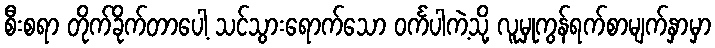
စီးစရာ တိုက်ခိုက်တာပေါ့ သင်သွားရောက်သော ဝင်္ကပါကဲ့သို့ လူမှုကွန်ရက်စာမျက်နှာမှာ